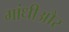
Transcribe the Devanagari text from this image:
गांधीऔर